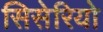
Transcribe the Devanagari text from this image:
सिसेरियो